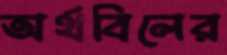
অর্থবিলের